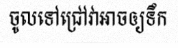
ចូលទៅជ្រៅវាអាចឲ្យទឹក